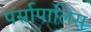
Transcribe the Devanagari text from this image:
पर्सापालिस